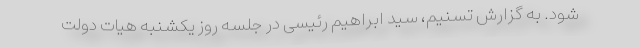
شود. به گزارش تسنیم، سید ابراهیم رئیسی در جلسه روز یکشنبه هیات دولت